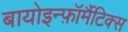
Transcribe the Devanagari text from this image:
बायोइन्फ़ॉर्मैटिक्स